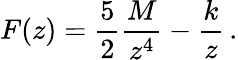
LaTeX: F(z)={\frac{5}{2}}{\frac{M}{z^{4}}}-{\frac{k}{z}}\, .